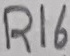
Text: R16